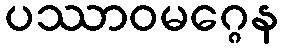
ပဿာဝမဂ္ဂေန